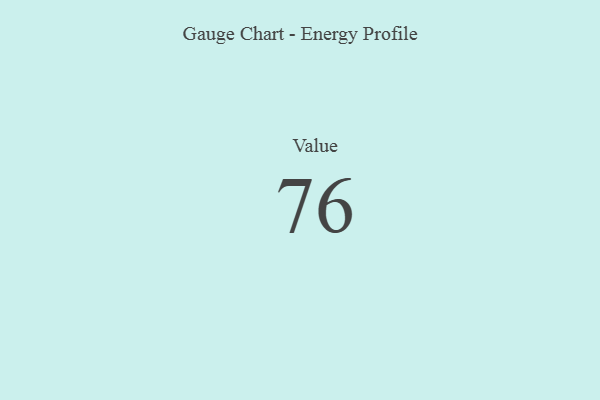
{"axis": {"x": "Metric", "y": "Value"}, "legend": [""], "data": [{"x": "Value", "y": 76, "type": ""}]}